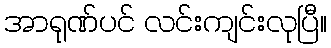
အာရုဏ်ပင် လင်းကျင်းလုပြီ။